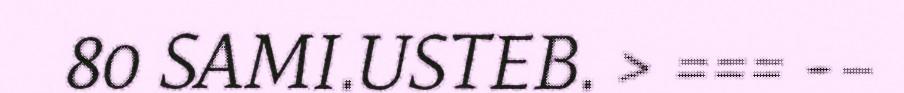
80 SAMI.USTEB. > === -–